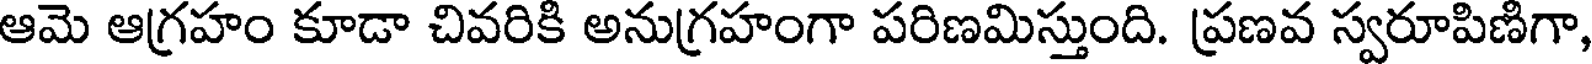
ఆమె ఆగ్రహం కూడా చివరికి అనుగ్రహంగా పరిణమిస్తుంది. ప్రణవ స్వరూపిణిగా,